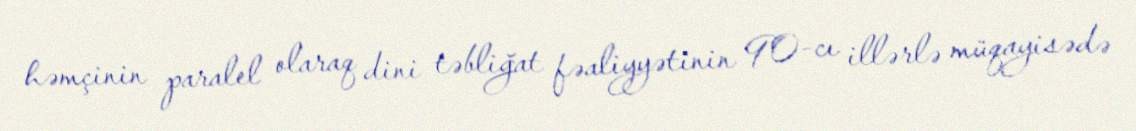
həmçinin paralel olaraq dini təbliğat fəaliyyətinin 90-cı illərlə müqayisədə